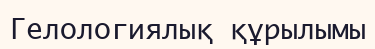
Гелологиялық құрылымы